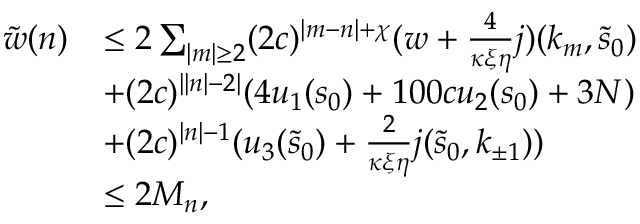
\begin{array} { r l } { \tilde { w } ( n ) } & { \le 2 \sum _ { \vert m \vert \ge 2 } ( 2 c ) ^ { \vert m - n \vert + \chi } ( w + \frac { 4 } { \kappa \xi \eta } j ) ( k _ { m } , \tilde { s } _ { 0 } ) } \\ & { + ( 2 c ) ^ { \vert \vert n \vert - 2 \vert } ( 4 u _ { 1 } ( s _ { 0 } ) + 1 0 0 c u _ { 2 } ( s _ { 0 } ) + 3 N ) } \\ & { + ( 2 c ) ^ { \vert n \vert - 1 } ( u _ { 3 } ( \tilde { s } _ { 0 } ) + \frac 2 { \kappa \xi \eta } j ( \tilde { s } _ { 0 } , k _ { \pm 1 } ) ) } \\ & { \le 2 M _ { n } , } \end{array}